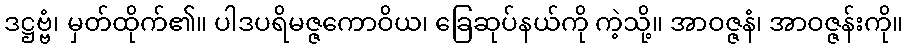
ဒဋ္ဌဗ္ဗံ၊ မှတ်ထိုက်၏။ ပါဒပရိမဇ္ဇကောဝိယ၊ ခြေဆုပ်နယ်ကို ကဲ့သို့။ အာဝဇ္ဇနံ၊ အာဝဇ္ဇန်းကို။